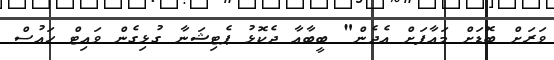
ވަރަށް ބޮޑަށް މައާފަށް އެދެން" ބީބާއާ ދެކޮޅު ޕެޓިޝަނާ ގުޅިގެން ވައިޓް ހައުސް